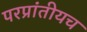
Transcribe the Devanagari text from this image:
परप्रांतीयच